Investigations into the jail dietaries of the United Provinces with some observations on the influence of dietary on the physical development and well-being of the people of the United Provinces - Number 48
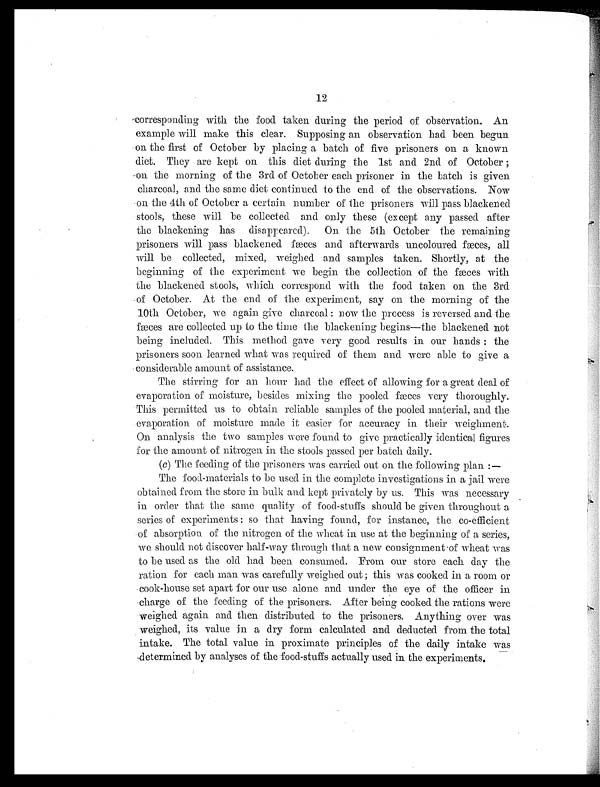
12
corresponding with the food taken during the period of observation. An
example will make this clear. Supposing an observation had been begun
on the first of October by placing a batch of five prisoners on a known
diet. They are kept on this diet during the 1st and 2nd of October ;
on the morning of the 3rd of October each prisoner in the batch is given
charcoal, and the same diet continued to the end of the observations. Now
on the 4th of October a certain number of the prisoners will pass blackened
stools, these will be collected and only these (except any passed after
the blackening has disappeared). On the 5th October the remaining
prisoners will pass blackened fæces and afterwards uncoloured fæces, all
will be collected, mixed, weighed and samples taken. Shortly, at the
beginning of the experiment we begin the collection of the fæces with
the blackened stools, which correspond with the food taken on the 3rd
of October. At the end of the experiment, say on the morning of the
10th October, we again give charcoal : now the process is reversed and the
fæces are collected up to the time the blackening begins—the blackened not
being included. This method gave very good results in our hands : the
prisoners soon learned what was required of them and were able to give a
considerable amount of assistance.
The stirring for an hour had the effect of allowing for a great deal of
evaporation of moisture, besides mixing the pooled fæces very thoroughly.
This permitted us to obtain reliable samples of the pooled material, and the
evaporation of moisture made it easier for accuracy in their weighment.
On analysis the two samples were found to give practically identical figures
for the amount of nitrogen in the stools passed per batch daily.
(c) The feeding of the prisoners was carried out on the following plan :—
The food-materials to be used in the complete investigations in a jail were
obtained from the store in bulk and kept privately by us. This was necessary
in order that the same quality of food-stuffs should be given throughout a
series of experiments : so that having found, for instance, the co-efficient
of absorption of the nitrogen of the wheat in use at the beginning of a series,
we should not discover half-way through that a new consignment-of wheat was
to be used as the old had been consumed. From our store each day the
ration for each man was carefully weighed out ; this was cooked in a room or
cook-house set apart for our use alone and under the eye of the officer in
charge of the feeding of the prisoners. After being cooked the rations were
weighed again and then distributed to the prisoners. Anything over was
weighed, its value in a dry form calculated and deducted from the total
intake. The total value in proximate principles of the daily intake was
,determined by analyses of the food-stuffs actually used in the experiments,